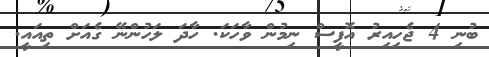
ބުނި 4 ޖެހިއިރު އޮފީސް ނިމުން ވާހަކަ. ހާދަ ލަހުންނޭ ގެއަށް ތިއައީ.